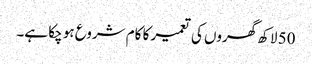
50 لاکھ گھروں کی تعمیر کا کام شروع ہو چکا ہے۔